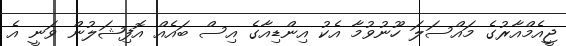
ޖީއެމްއާރުގެ މައްސަލަ ހޫނުވުމާ އެކު އިންޑިއާގެ އިސް ބައެއް އޮފިޝަލުން ވަނީ އެ